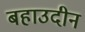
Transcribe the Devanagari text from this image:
बहाउदीन